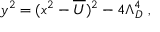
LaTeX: y ^ { 2 } = ( x ^ { 2 } - \overline { { { U } } } ) ^ { 2 } - 4 \Lambda _ { D } ^ { 4 } \ ,